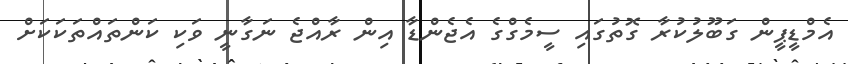
އެމްޑީޕީން ގަބޫލުކުރާ ގޮތުގައި ސީމެގްގެ އެޖެންޑާ އިން ރާއްޖެ ނަގާނީ ވަކި ކަންތައްތަކަކަށް